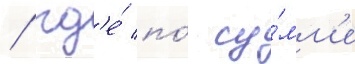
/ гд'е́ по́ су́мм'е